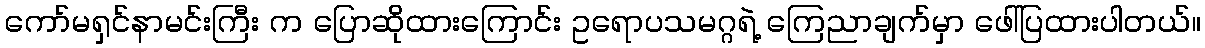
ကော်မရှင်နာမင်းကြီး က ပြောဆိုထားကြောင်း ဥရောပသမဂ္ဂရဲ့ ကြေညာချက်မှာ ဖေါ်ပြထားပါတယ်။